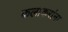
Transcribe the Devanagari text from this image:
कलाकरांना